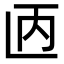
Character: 𫠥